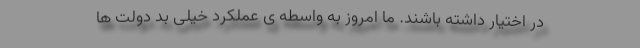
در اختیار داشته باشند. ما امروز به واسطه ی عملکرد خیلی بد دولت ها